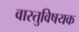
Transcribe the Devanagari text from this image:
वास्तुविषयक